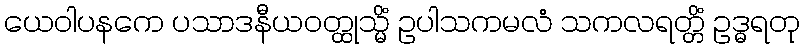
ယေဝါပနကေ ပသာဒနီယဝတ္ထုသ္မိံ ဥပါသကမလံ သကလရတ္တိံ ဥဒ္ဓရတု